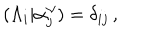
( \Lambda _ { i } | \alpha _ { j } ^ { \vee } ) = \delta _ { i j } \, ,